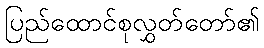
ပြည်ထောင်စုလွှတ်တော်၏